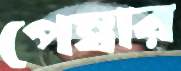
পেম্বার